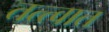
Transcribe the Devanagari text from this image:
तत्त्वात